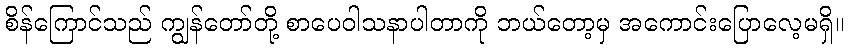
စိန်ကြောင်သည် ကျွန်တော်တို့ စာပေဝါသနာပါတာကို ဘယ်တော့မှ အကောင်းပြောလေ့မရှိ။